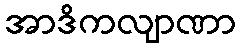
အာဒိကလျာဏာ